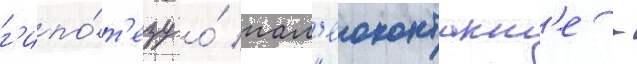
г'ипо́т'езу о́ пал'еоконтакт'е -